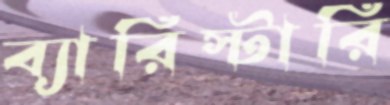
ব্যারিস্টারি